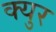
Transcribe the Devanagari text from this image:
क्युर